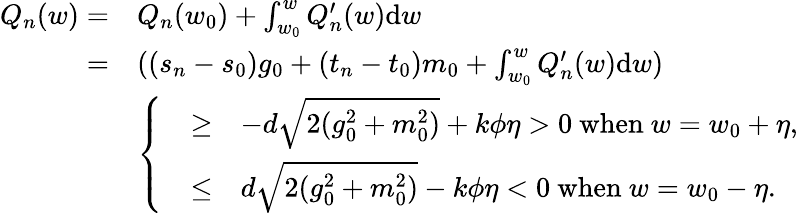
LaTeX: \begin{array}{rl}{Q_{n}(w)=}&{Q_{n}(w_{0})+\int_{w_{0}}^{w}Q_{n}^{\prime}(w)\mathrm{d}w}\\ {=}&{((s_{n}-s_{0})g_{0}+(t_{n}-t_{0})m_{0}+\int_{w_{0}}^{w}Q_{n}^{\prime}(w)\mathrm{d}w)}\\ &{\left\{ \begin{array}{rcl}&{\geq}&{-d\sqrt{2(g_{0}^{2}+m_{0}^{2})}+k\phi\eta>0\mathrm{~when~}w=w_{0}+\eta,}\\ &{\leq}&{d\sqrt{2(g_{0}^{2}+m_{0}^{2})}-k\phi\eta<0\mathrm{~when~}w=w_{0}-\eta.}\end{array}\right.}\end{array}